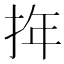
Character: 𢬧